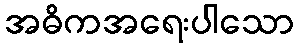
အဓိကအရေးပါသော